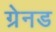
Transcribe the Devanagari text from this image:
ग्रेनड